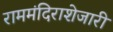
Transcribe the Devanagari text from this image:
राममंदिराशेजारी